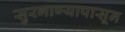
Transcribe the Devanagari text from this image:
सुरगाण्यापासून